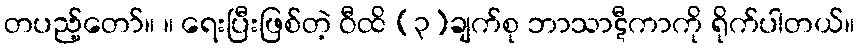
တပည့်တော်။ ။ ရေးပြီးဖြစ်တဲ့ ဝီထိ (၃)ချက်စု ဘာသာဋီကာကို ရိုက်ပါတယ်။